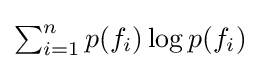
\textstyle \sum _{i=1}^{n}p(f_{i})\log p(f_{i})